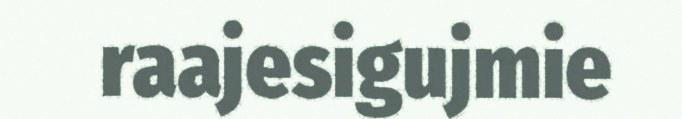
raajesigujmie